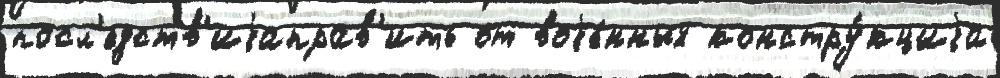
посл'едств'иjаправ'ить от воjе́нных констру́кциjа